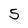
Character: 5